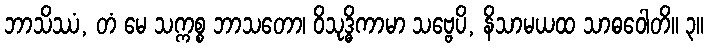
ဘာသိဿံ, တံ မေ သက္ကစ္စ ဘာသတော၊ ဝိသုဒ္ဓိကာမာ သဗ္ဗေပိ, နိသာမယထ သာဓဝေါတိ။ ၃။